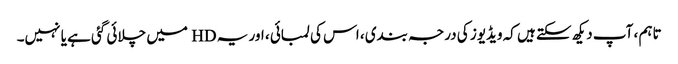
تاہم ، آپ دیکھ سکتے ہیں کہ ویڈیوز کی درجہ بندی ، اس کی لمبائی ، اور یہ HD میں چلائی گئی ہے یا نہیں۔